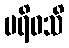
ပရိဝသိ